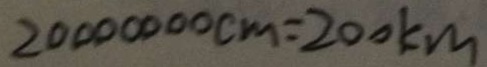
2 0 0 0 0 0 0 0 c m = 2 0 0 k m